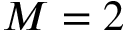
M = 2